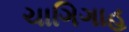
ચાગિગાહ